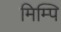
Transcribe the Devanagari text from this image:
मिम्पि